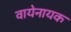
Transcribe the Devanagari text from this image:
वायेनायक